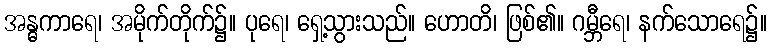
အန္ဓကာရေ၊ အမိုက်တိုက်၌။ ပုရေ၊ ရှေ့သွားသည်။ ဟောတိ၊ ဖြစ်၏။ ဂမ္ဘီရေ၊ နက်သောရေ၌။